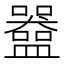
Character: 𬑀